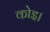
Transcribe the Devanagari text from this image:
कोइ।